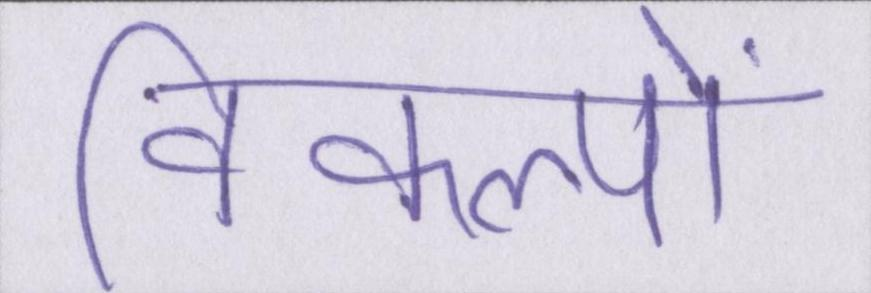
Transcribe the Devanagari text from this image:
विकल्पों